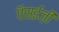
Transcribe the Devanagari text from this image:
ऍसईज़ी